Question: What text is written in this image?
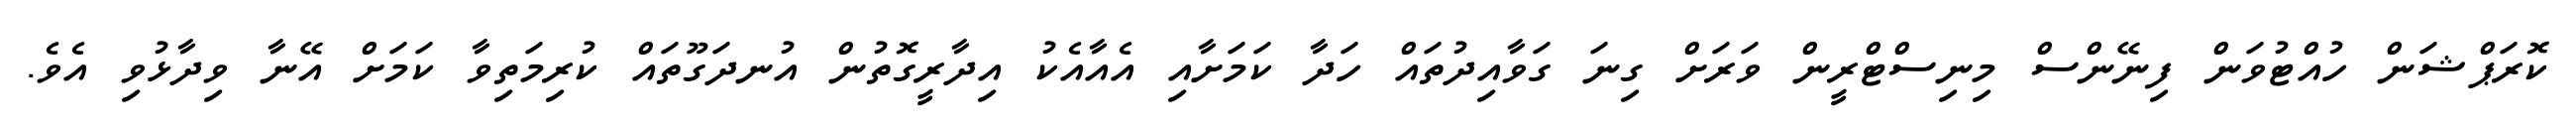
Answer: ކޮރަޕްޝަން ހުއްޓުވަން ފިނޭންސް މިނިސްޓްރީން ވަރަށް ގިނަ ގަވާއިދުތައް ހަދާ ކަމަށާއި އެއާއެކު އިދާރީގޮތުން އުނދަގޫތައް ކުރިމަތިވާ ކަމަށް އޭނާ ވިދާޅުވި އެވެ.